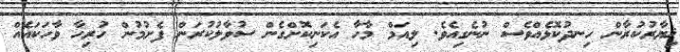
ޚިޔާރުކުރާން ހިނދުކޮޅެއްވެސް ނުނެގިއެވެ. ލިއަމް މާހާ އެކަނިކޮށްގެން ސުވާލުކުރަން ފެށުމުން ހުރިހާ ވާހަކައެއް